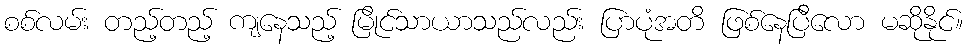
စစ်လမ်း တည့်တည့် ကျနေသည့် မြိုင်သာယာသည်လည်း ပြာပုံအတိ ဖြစ်နေပြီလော မဆိုနိုင်။